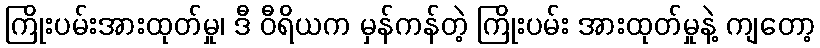
ကြိုးပမ်းအားထုတ်မှု၊ ဒီ ဝီရိယက မှန်ကန်တဲ့ ကြိုးပမ်း အားထုတ်မှုနဲ့ ကျတော့